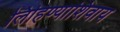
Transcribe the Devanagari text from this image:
लिहिण्याशिवाय